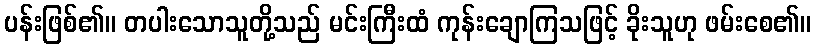
ပန်းဖြစ်၏။ တပါးသောသူတို့သည် မင်းကြီးထံ ကုန်းချောကြသဖြင့် ခိုးသူဟု ဖမ်းစေ၏။